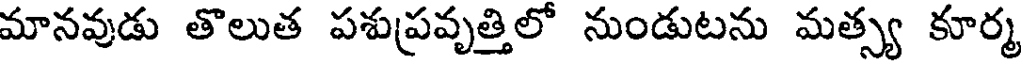
మానవుడు తొలుత పశుప్రవృత్తిలో నుండుటను మత్స్య కూర్మ